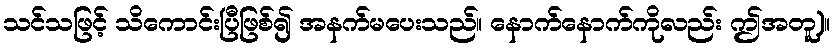
သင်သဖြင့် သိကောင်းပြီဖြစ်၍ အနက်မပေးသည်။ နောက်နောက်ကိုလည်း ဤအတူ)။